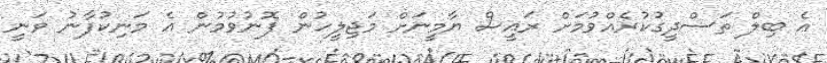
އެ ބިލް ތަސްދީގުކުރެއްވުމަށް ރައީސް ޔާމީނަށް މަޖިލީހުން ފޮނުވުމުން އެ މަނިކުފާނު ވަނީ